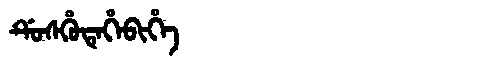
Manchu: ᡩᡠᠰᡥᡠᡨᡝᡥᡝᠪᡳᡥᡝ
Romanization: DUSHUTEHEBIHE